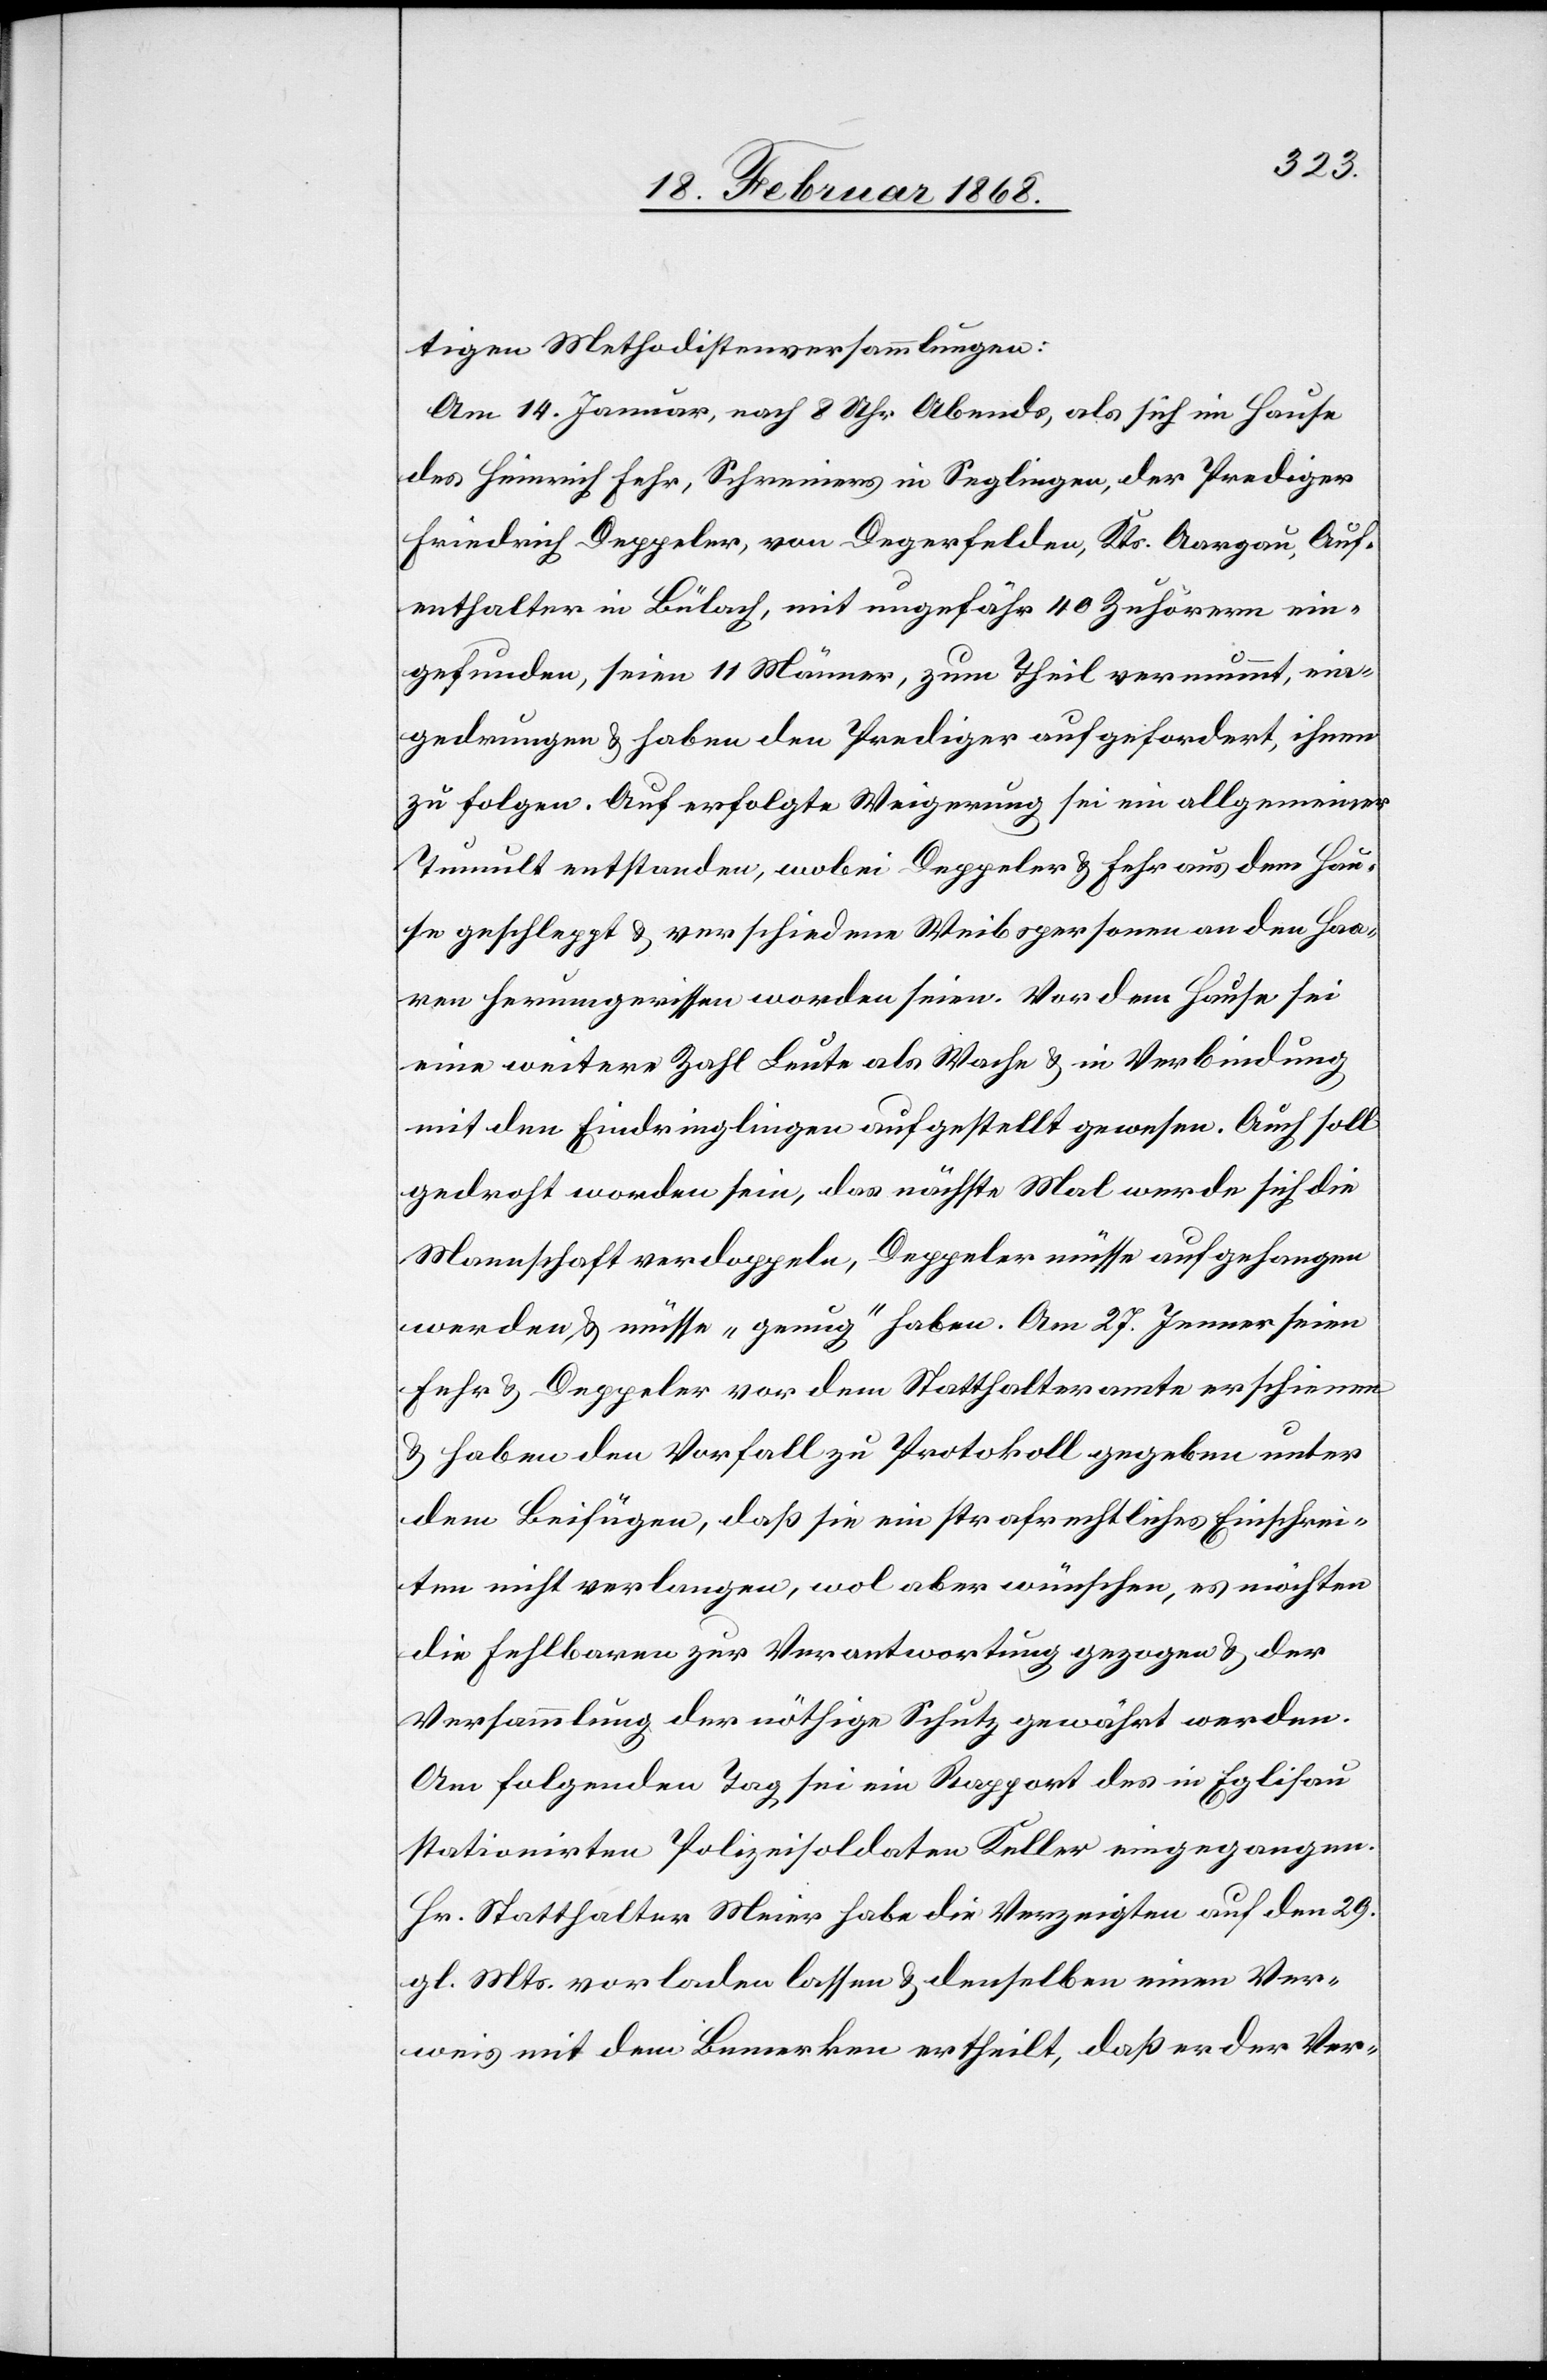
tigen Methodistenversammlungen:
Am 14. Januar, nach 8 Uhr Abends, als sich im Hause
des Heinrich Fehr, Schreiners in Seglingen, der Prediger
Friedrich Deppeler, von Degerfelden, Kts. Aargau, Auf¬
enthalter in Bülach, mit ungefähr 40 Zuhörern ein¬
gefunden, seien 11 Männer, zum Theil vermummt, ein¬
gedrungen & haben den Prediger aufgefordert, ihnen
zu folgen. Auf erfolgte Weigerung sei ein allgemeiner
Tumult entstanden, wobei Deppeler & Fehr aus dem Hau¬
se geschleppt & verschiedene Weibspersonen an den Haa¬
ren herumgerissen worden seien. Vor dem Hause sei
eine weitere Zahl Leute als Wache & in Verbindung
mit den Eindringlingen aufgestellt gewesen. Auch soll
gedroht worden sein, das nächste Mal werde sich die
Mannschaft verdoppeln, Deppeler müsse aufgehangen
werden, & müsse „genug“ haben. Am 27. Jenner seien
Fehr & Deppeler vor dem Statthalteramte erschienen
& haben den Vorfall zu Protokoll gegeben unter
dem Beifügen, daß sie ein strafrechtliches Einschrei¬
ten nicht verlangen, wol aber wünschen, es möchten
die Fehlbaren zur Verantwortung gezogen & der
Versammlung der nöthige Schutz gewährt werden.
Am folgenden Tag sei ein Rapport des in Eglisau
stationirten Polizeisoldaten Keller eingegangen.
Hr. Statthalter Meier habe die Verzeigten auf den 29.
gl. Mts. vorladen lassen & denselben einen Ver¬
weis mit dem Bemerken ertheilt, daß er der Ver-